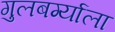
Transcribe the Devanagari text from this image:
गुलबर्ग्याला